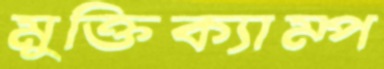
মুক্তিক্যাম্প